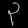
Digit: ၃